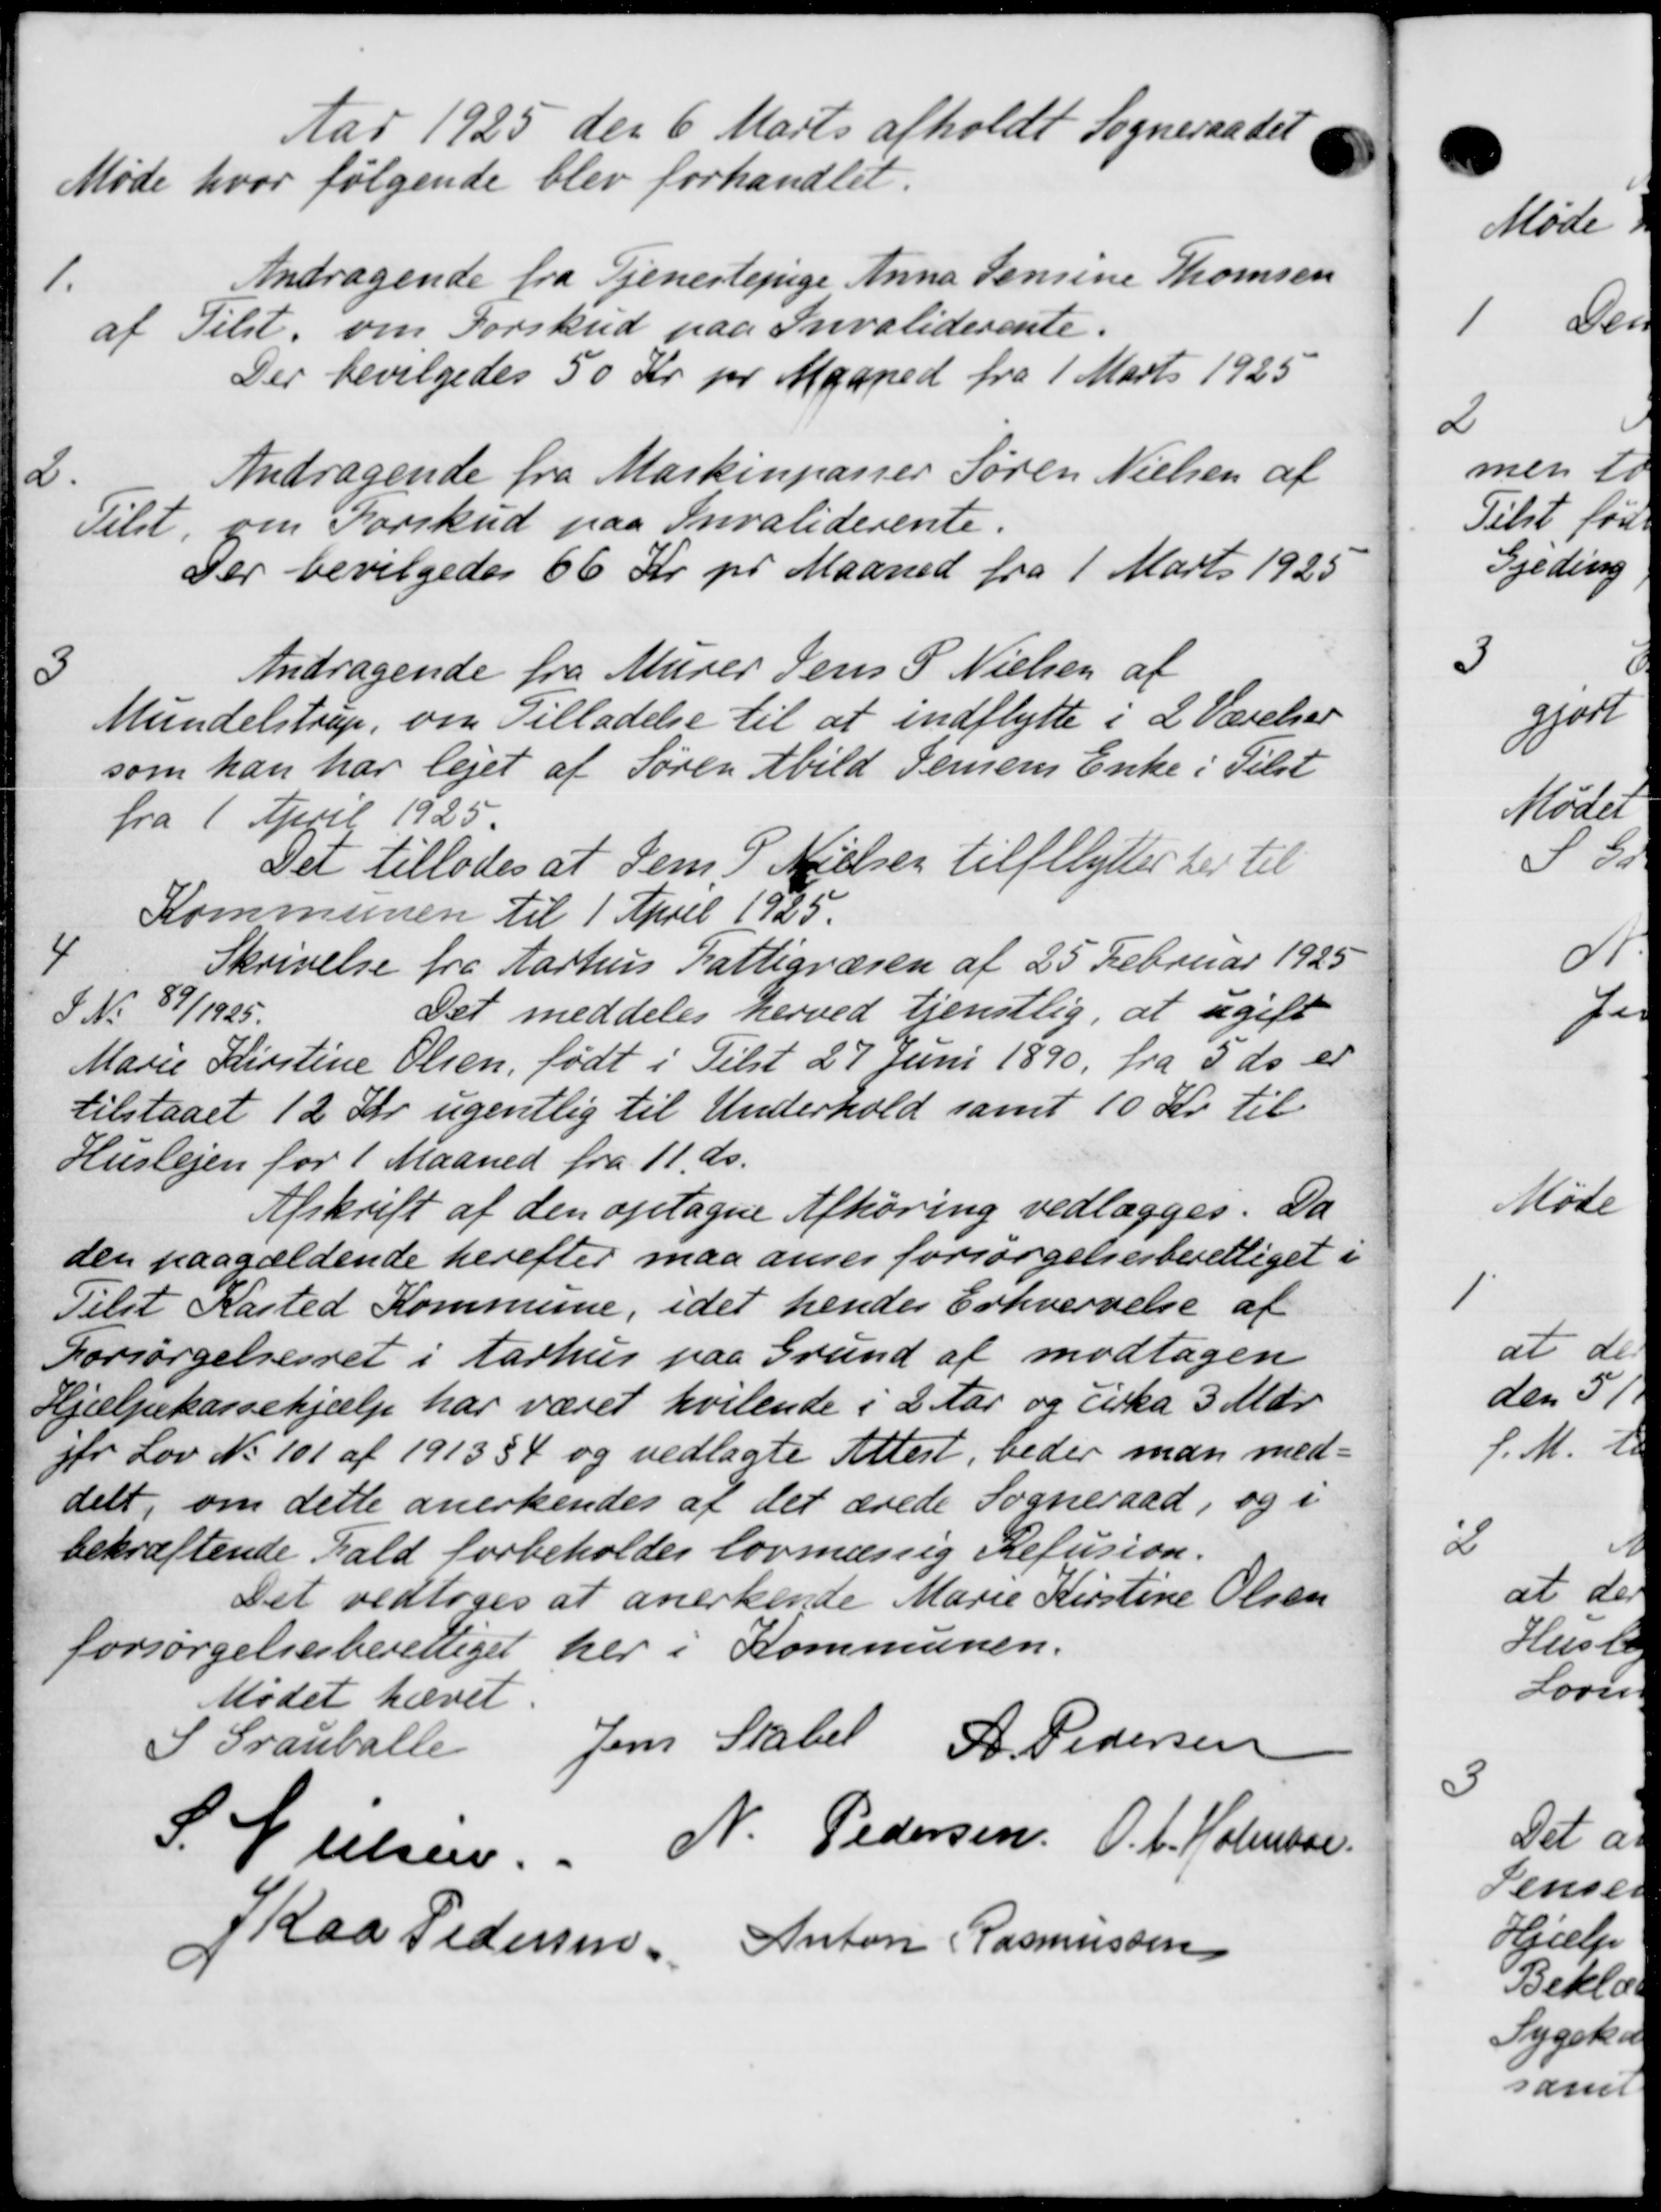
Transskription:
Aar 1925 den 6 Marts afholdt Sogneraadet
Møde hvor følgende blev forhandlet.
1.
Andragende fra Tjenestepige Anna Jensine Thomsen
af Tilst. om Forskud paa Invaliderente.
Der bevilgedes 50 Kr pr Maaned fra 1 Marts 1925
2.
Andragende fra Maskinpasser Søren Nielsen af
Tilst om Forskud paa Invaliderente.
Der bevilgedes 66 Kr pr Maaned fra 1 Marts 1925
3
Andragende fra Murer Jens P Nielsen af
Mundelstrup, om Tilladelse til at indflytte i 2 Værelser
som han har lejet af Søren Abild Semens Enke i Tilst
fra 1 April 1925
Det tillodes at Jens P Nielsen tilflytter her til
Kommunen til 1 April 1925.
4
Skrivelse fra Aarhus Fattigvæsen af 25 Februar 1925
S. No 89/1925.
Det meddeles herved tjenstlig, at ugift
Marie Kirstine Olsen, født i Tilst 27 Juni 1890, fra 5 ds. er
tilstaaet 12 Kr. ugentlig til Underhold samt 10 Kr. til
Huslejen for 1 Maaned fra 11 ds.
Afskrift af den optagne Afhøring vedlægges. Da
den paagældende herefter maa anses forsørgelsesberettiget i
Tilst Kasted Kommune, idet hendes Erhvervelse af
Forsørgelsesret i Aarhus paa Grund af modtagen
Hjælpekassehjælp har været hvilende i 2 Aar og cirka 3 Mdr.
jfr Lov No 101 af 1913 § 4 og vedlagte Attest, beder man med-
delt, om dette anerkendes at det ærede Sogneraad, og i
bekræftende Fald forbeholdes lovmæssig Refusion.
Det vedtoges at anerkende Marie Kirstine Olsen
forsørgelsesberettiget her i Kommunen.
Mødet hævet
S Grauballe Jens Stabel A. Pedersen
S. Nielsen. N. Pedersen O. C. Holmsen
Kaa Pedersen Anton Rasmussen

2